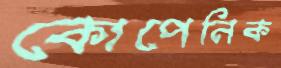
কোপেনিক